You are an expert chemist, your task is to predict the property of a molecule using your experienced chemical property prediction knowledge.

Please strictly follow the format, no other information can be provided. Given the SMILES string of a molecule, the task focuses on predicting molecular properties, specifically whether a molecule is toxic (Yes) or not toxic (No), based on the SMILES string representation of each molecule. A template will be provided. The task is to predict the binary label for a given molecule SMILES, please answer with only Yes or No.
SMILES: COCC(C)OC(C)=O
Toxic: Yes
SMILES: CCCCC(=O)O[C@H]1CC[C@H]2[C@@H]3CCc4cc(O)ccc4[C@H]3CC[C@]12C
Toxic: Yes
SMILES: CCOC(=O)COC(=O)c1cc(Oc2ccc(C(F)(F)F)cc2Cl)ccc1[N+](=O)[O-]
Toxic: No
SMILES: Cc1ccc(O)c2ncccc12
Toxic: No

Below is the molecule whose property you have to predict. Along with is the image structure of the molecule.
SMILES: NCCOCCOCCN
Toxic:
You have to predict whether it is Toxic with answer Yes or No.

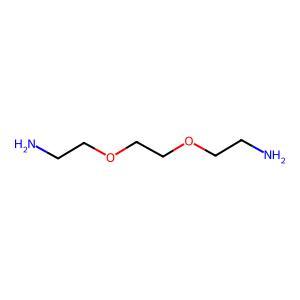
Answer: No